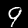
Digit: 9